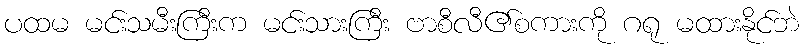
ပထမ မင်းသမီးကြီးက မင်းသားကြီး ဗာစီလီ၏စကားကို ဂရု မထားနိုင်ဘဲ